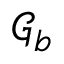
\mathcal { G } _ { b }